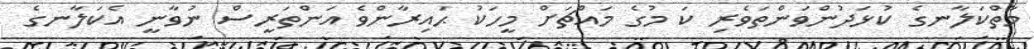
މާތްކަލާނގެ ކުޅަދުންވަންތަވެރި ކަ މުގެ މައްޗަށް މީހަކު ޙައިރާންވެ އަންތަރީސް ނުވާނީ އެކަލާނގެ